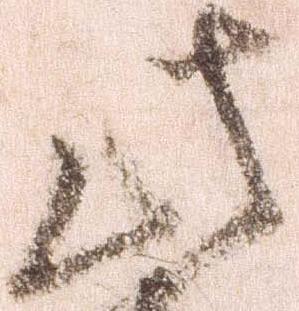
此